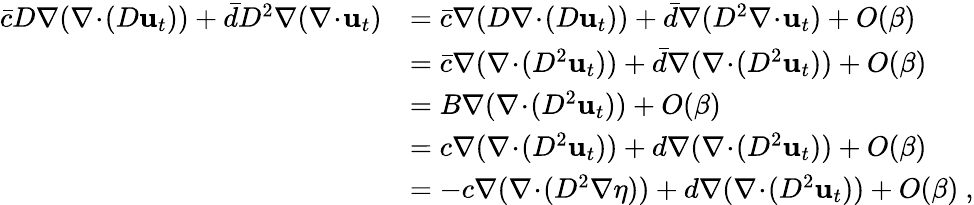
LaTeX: \begin{array}{rl}{\bar{c}D\nabla(\nabla\! \cdot\! (D\mathbf{u}_{t}))+\bar{d}D^{2}\nabla(\nabla\! \cdot\! \mathbf{u}_{t})}&{=\bar{c}\nabla(D\nabla\! \cdot\! (D\mathbf{u}_{t}))+\bar{d}\nabla(D^{2}\nabla\! \cdot\! \mathbf{u}_{t})+O(\beta)}\\ &{=\bar{c}\nabla(\nabla\! \cdot\! (D^{2}\mathbf{u}_{t}))+\bar{d}\nabla(\nabla\! \cdot\! (D^{2}\mathbf{u}_{t}))+O(\beta)}\\ &{=B\nabla(\nabla\! \cdot\! (D^{2}\mathbf{u}_{t}))+O(\beta)}\\ &{=c\nabla(\nabla\! \cdot\! (D^{2}\mathbf{u}_{t}))+d\nabla(\nabla\! \cdot\! (D^{2}\mathbf{u}_{t}))+O(\beta)}\\ &{=-c\nabla(\nabla\! \cdot\! (D^{2}\nabla\eta))+d\nabla(\nabla\! \cdot\! (D^{2}\mathbf{u}_{t}))+O(\beta)\ ,}\end{array}